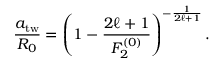
\frac { a _ { \mathrm { t w } } } { R _ { 0 } } = \left( 1 - \frac { 2 \ell + 1 } { F _ { 2 } ^ { ( 0 ) } } \right) ^ { - \frac { 1 } { 2 \ell + 1 } } .